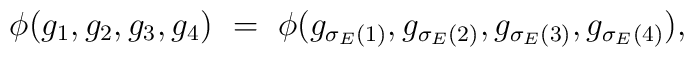
\phi(g_{1},g_{2},g_{3},g_{4})\ =\ \phi(g_{\sigma_{E}(1)},g_{\sigma_{E}(2)}, g_{\sigma_{E}(3)},g_{\sigma_{E}(4)}),